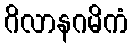
ဂိလာနဂမိကံ